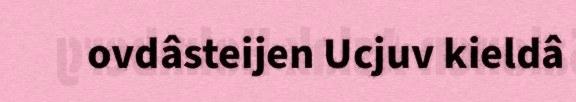
ovdâsteijen Ucjuv kieldâ